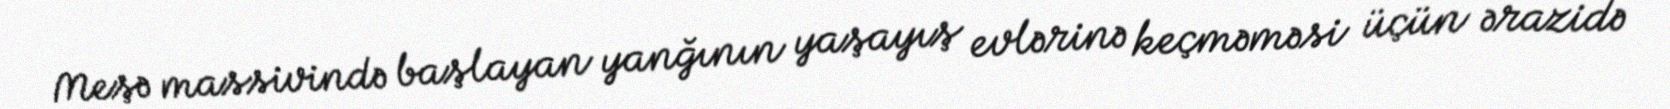
Meşə massivində başlayan yanğının yaşayış evlərinə keçməməsi üçün ərazidə